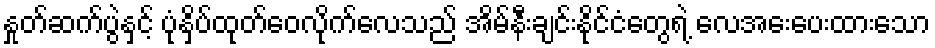
နှုတ်ဆက်ပွဲနှင့် ပုံနှိပ်ထုတ်ဝေလိုက်လေသည် အိမ်နီးချင်းနိုင်ငံတွေရဲ့ လေအေးပေးထားသော